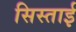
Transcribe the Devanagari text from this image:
सिस्ताई